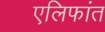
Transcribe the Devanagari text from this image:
एलिफांत